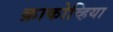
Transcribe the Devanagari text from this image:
क्राकोव्हिया